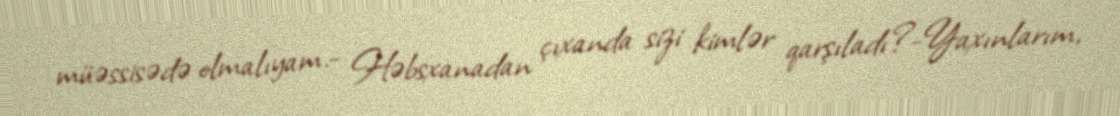
müəssisədə olmalıyam.- Həbsxanadan çıxanda sizi kimlər qarşıladı?-Yaxınlarım,